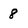
Character: 8